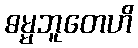
ဓမ္မဘူတေဟိ